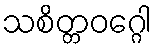
သစိတ္တဝဂ္ဂေါ